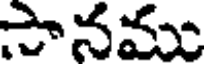
సానము